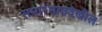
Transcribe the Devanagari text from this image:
समारंभातदेखील